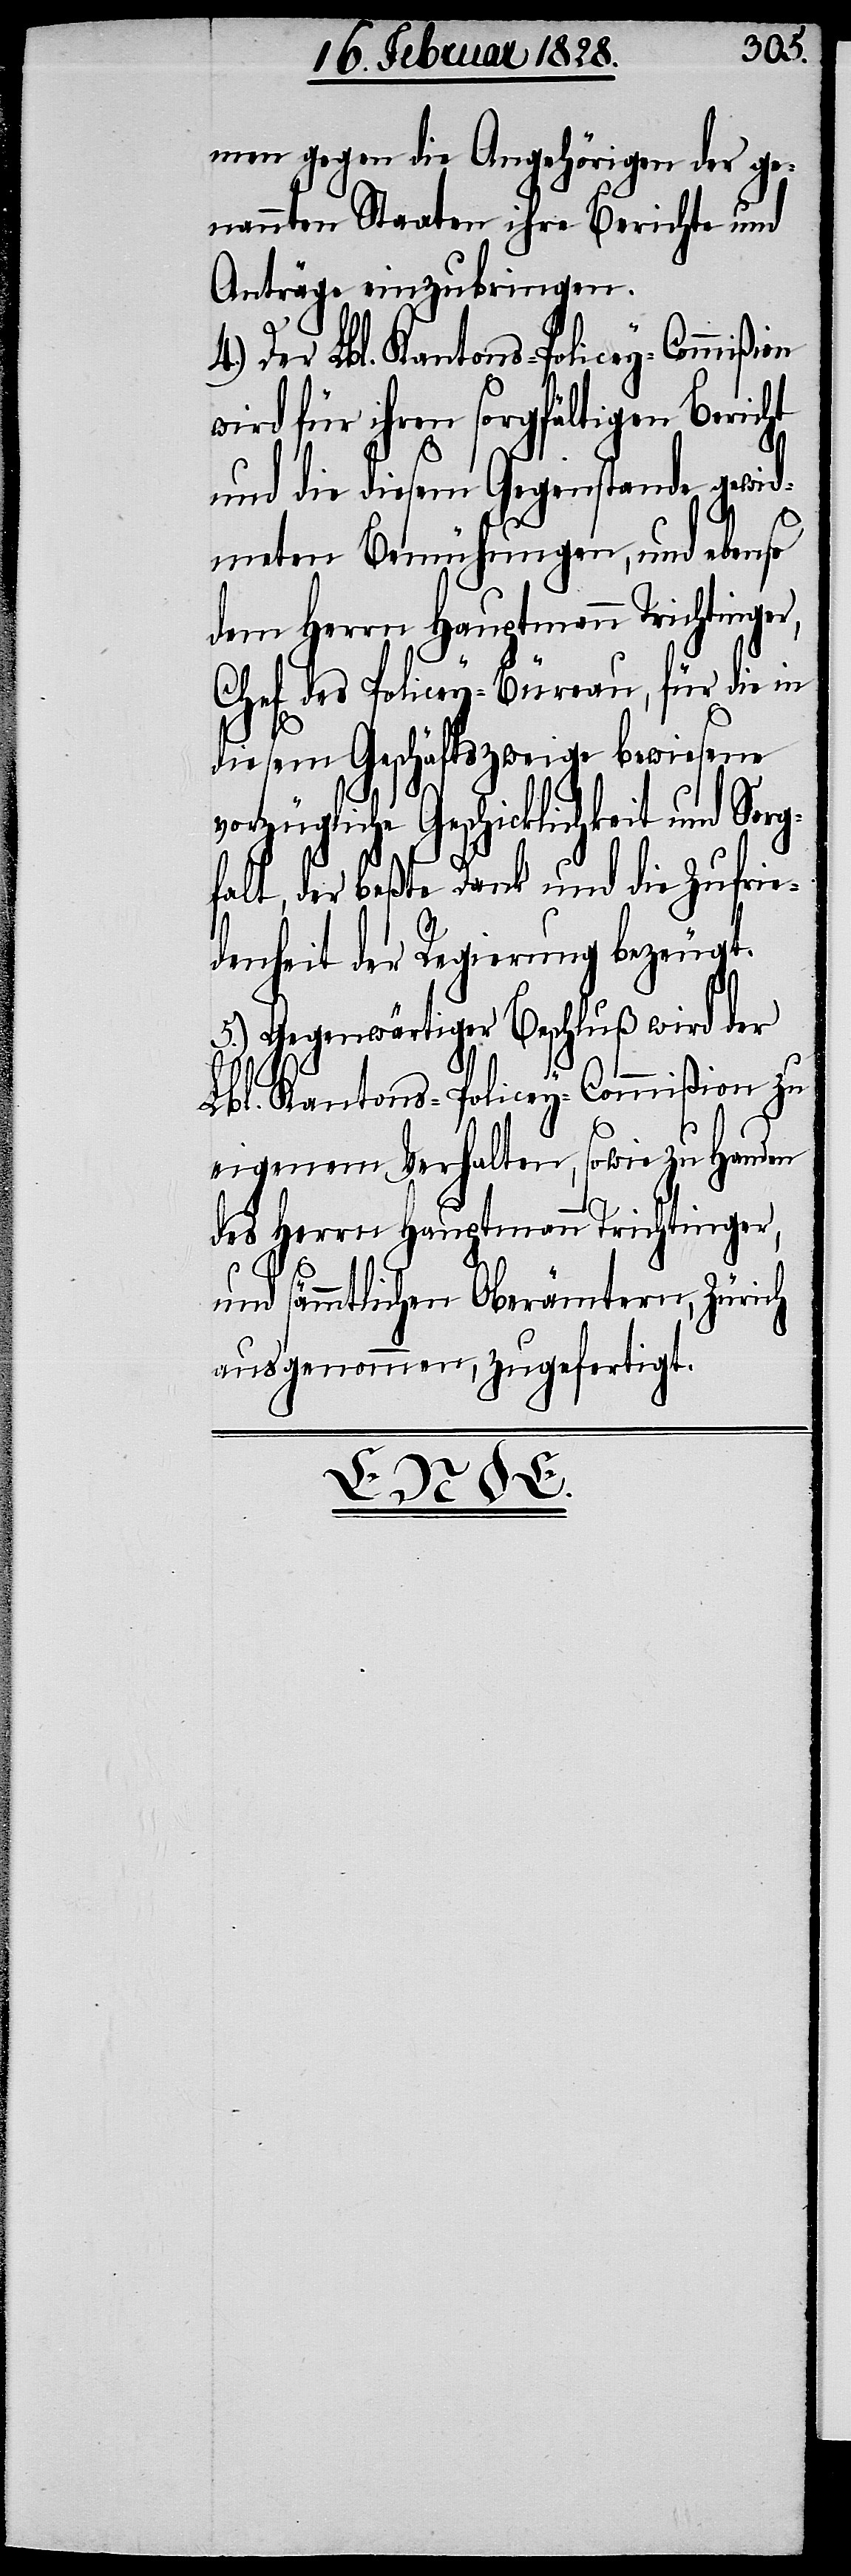
nahmen gegen die Angerhörigen der ge¬
nannten Staaten ihre Berichte und
Anträge einzubringen.
4.) Der Lbl. Kantons-Policey-Commißion
wird für ihren sorgfältigen Bericht
und die diesem Gegenstande gewid¬
meten Bemühungen, und ebenso
dem Herrn Hauptmann Trichtinger,
Chef des Policey-Büreau, für die in
diesem Geschäftszweige bewiesene
vorzügliche Geschicklichkeit und Sorg¬
falt, der beßte Dank und die Zufrie¬
denheit der Regierung bezeugt.
5.) Gegenwärtiger Beschluß wird der
Lbl. Kantons-Policey-Commißion zu
eigenem Verhalten, sowie zu Handen
des Herrn Hauptmann Trichtinger,
und sämmtlichen Oberämtern, Zürich
ausgenommen, zugefertigt.